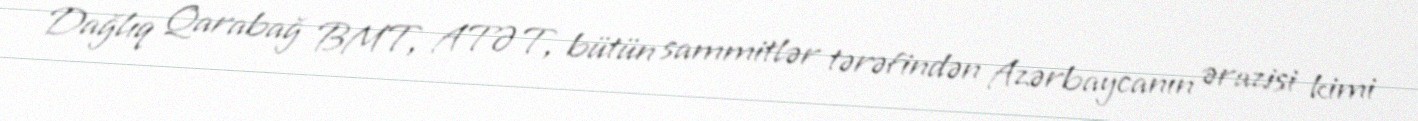
Dağlıq Qarabağ BMT, ATƏT, bütün sammitlər tərəfindən Azərbaycanın ərazisi kimi